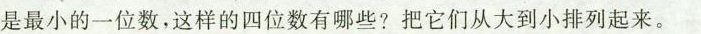
是最小的一位数，这样的四位数有哪些？把它们从大到小排列起来。